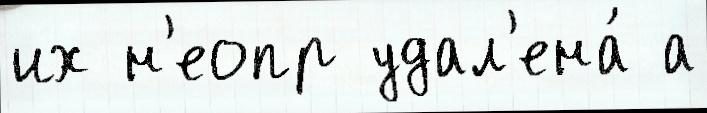
их н'еопр удал'ена́ а